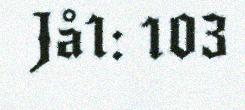
Jå1: 103